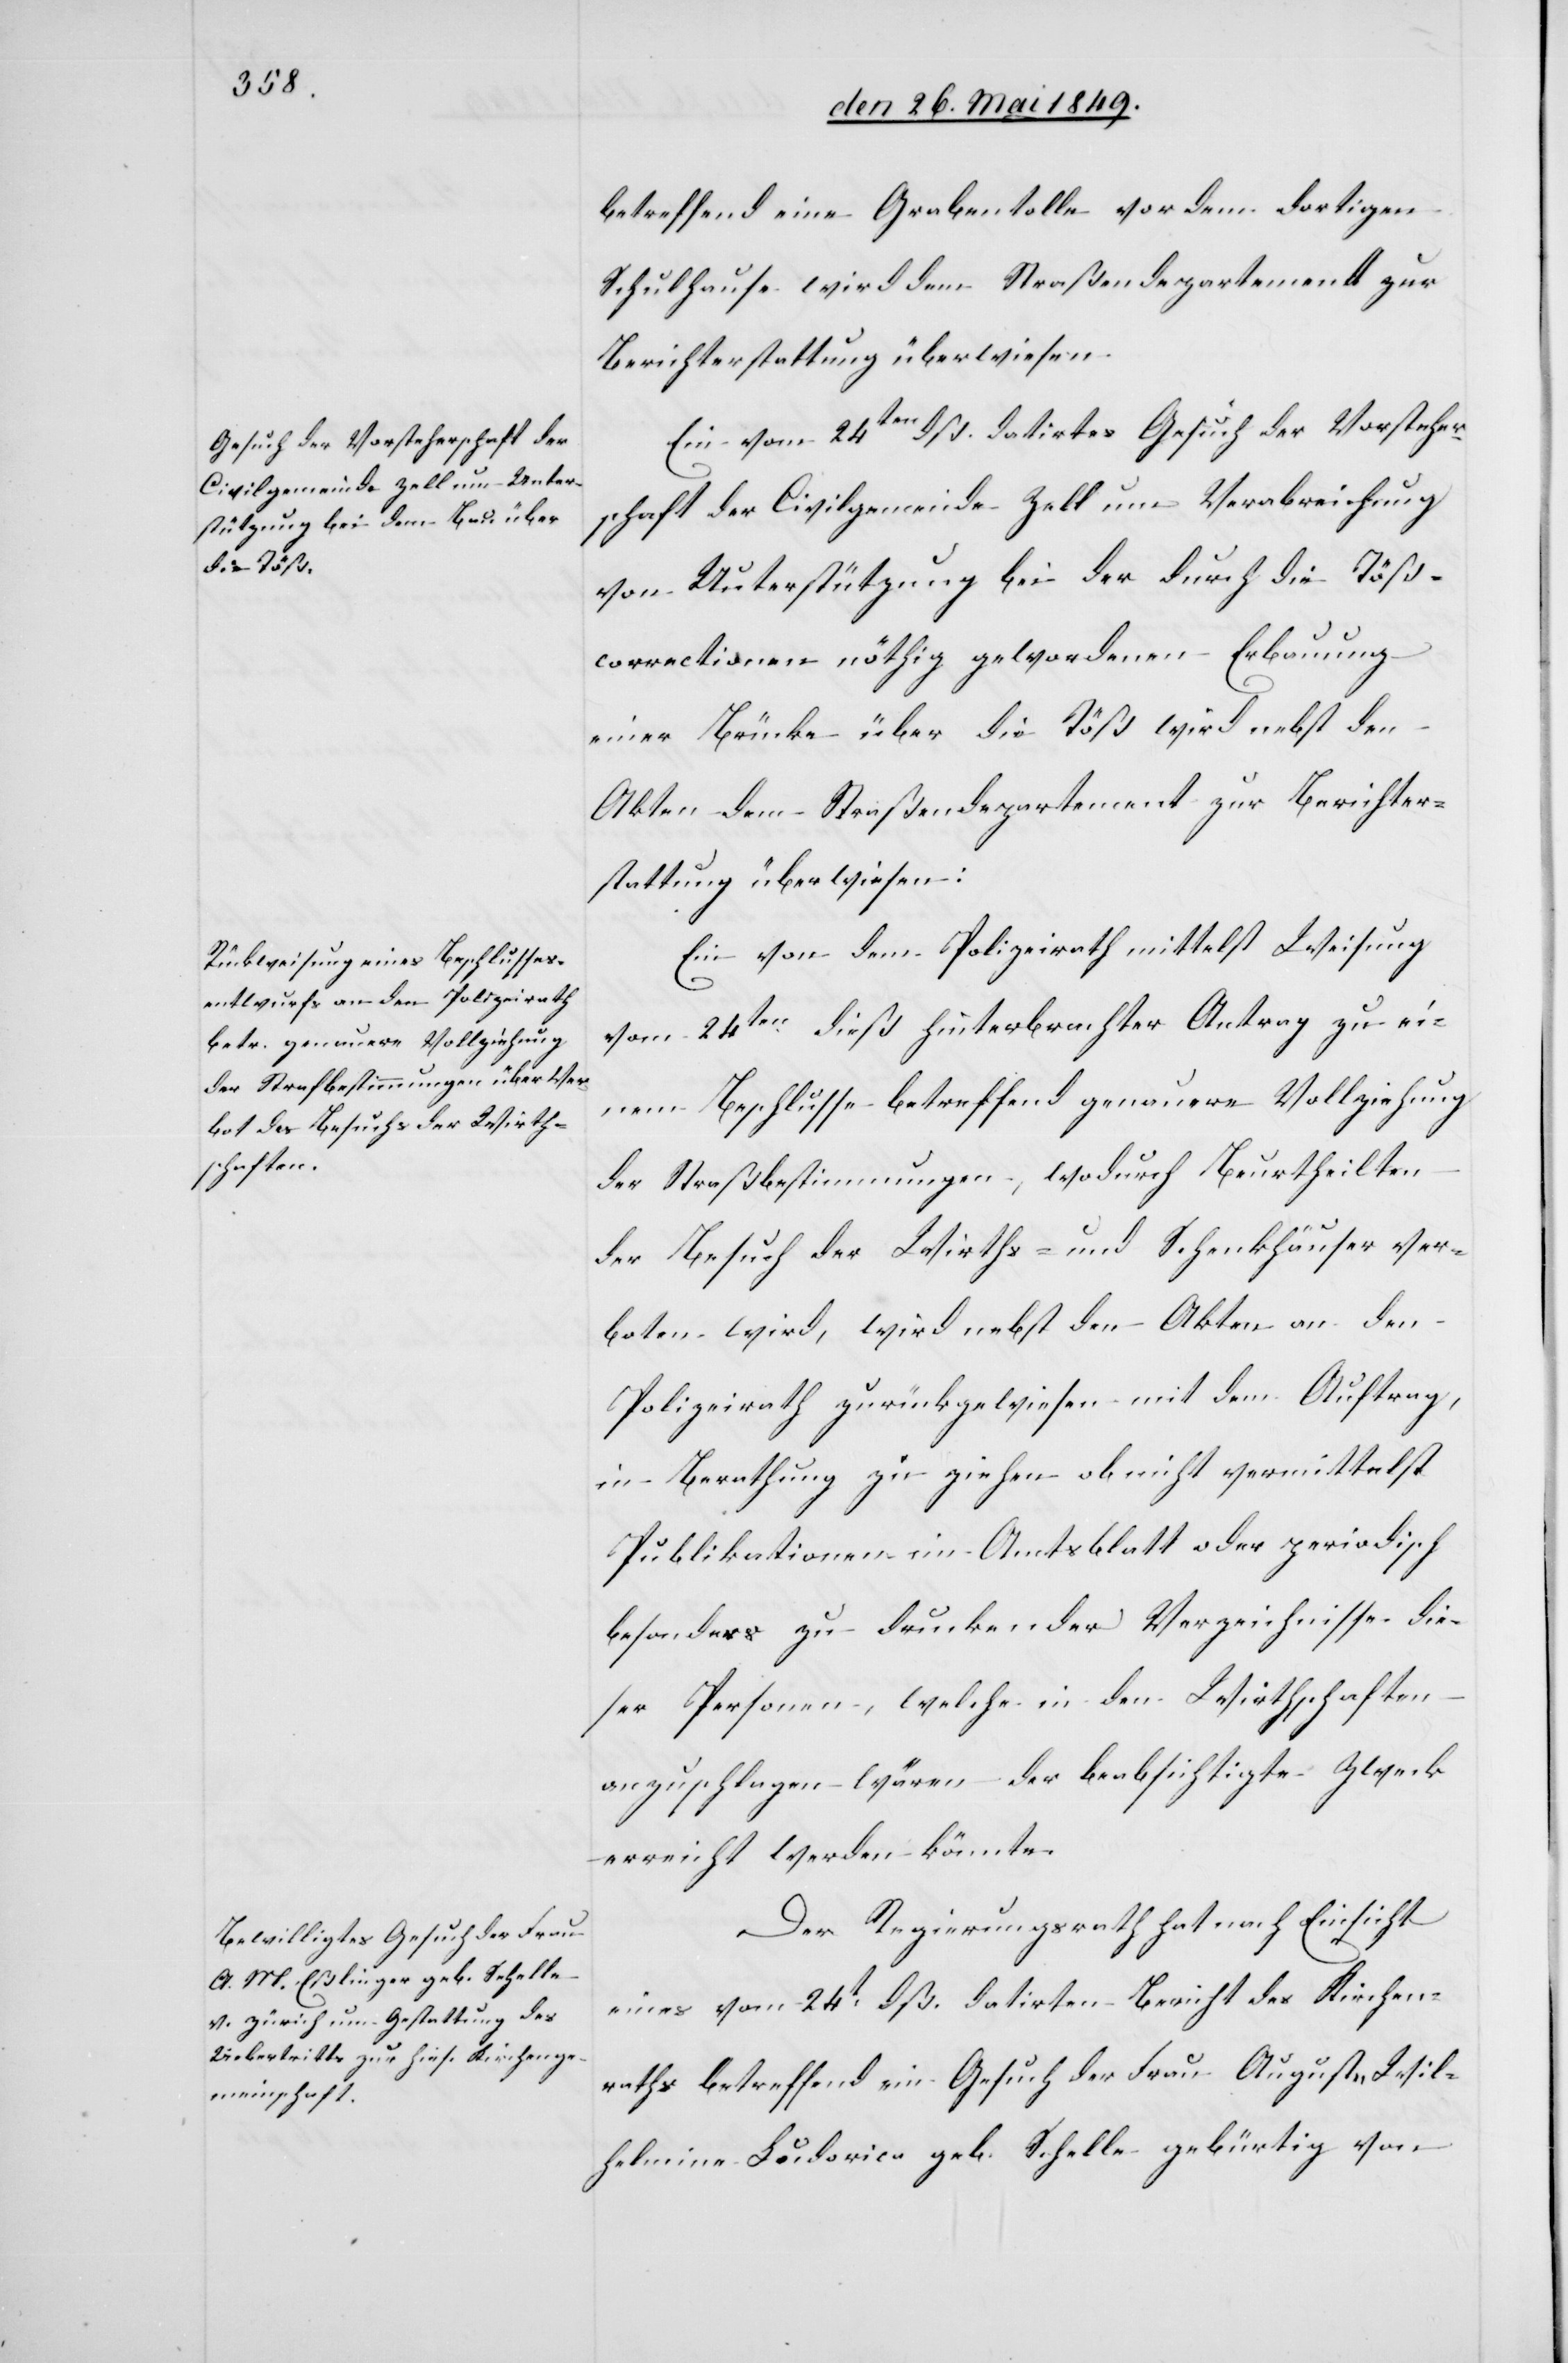
betreffend eine Grabentolle vor dem dortigen
Schulhause wird dem Straßendepartement zur
Berichterstattung überwiesen.
Ein vom 24ten dieß datirtes Gesuch der Vorsteher¬
schaft der Civilgemeinde Zell um Verabreichung
von Unterstützung bei der durch die Töß¬
correctionen nöthig gewordene Erbauung
einer Brücke über die Töß wird nebst den
Akten dem Straßendepartement zur Berichter¬
stattung überwiesen:
Ein von dem Polizeirath mittelst Weisung
vom 24ten dieß hinterbrachter Antrag zu ei¬
nem Beschlusse betreffend genauere Vollziehung
der Straßbestimmungen [sic!], wodurch Beurtheilten
der Besuch der Wirths- und Schenkhäuser ver¬
boten wird, wird nebst den Akten an den
Polizeirath zurückgewiesen mit dem Auftrag,
in Berathung zu ziehen ob nicht vermittelst
Publikationen im Amtsblatt oder periodisch
besonders zu druckender Verzeichnisse die¬
ser Personen, welche in den Wirthschaften
anzuschlagen wären der beabsichtigte Zweck
erreicht werden könnte.
Der Regierungsrath hat nach Einsicht
eines vom 24t dß. datirten Bericht des Kirchen¬
raths betreffend ein Gesuch der Frau Auguste Wil¬
helmine Ludorica [sic!] geb. Schelle gebürtig von